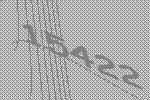
15422